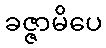
ခဇ္ဇာမိပေ